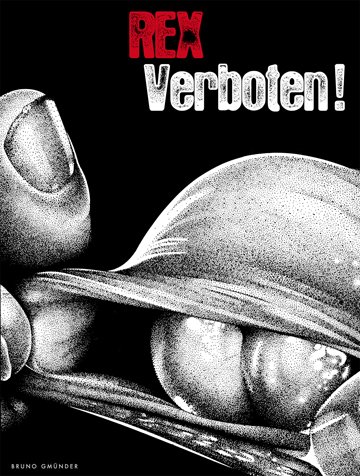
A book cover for Verboten; Rex; Comics & Graphic Novels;